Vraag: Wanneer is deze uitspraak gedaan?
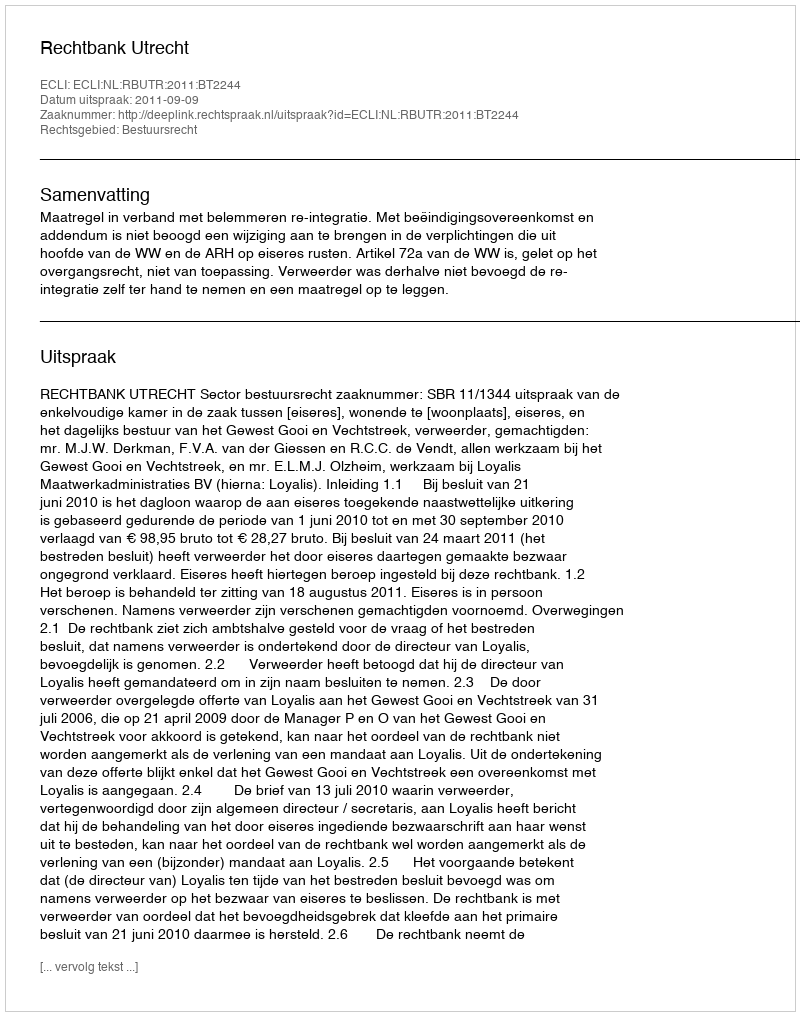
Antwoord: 2011-09-09